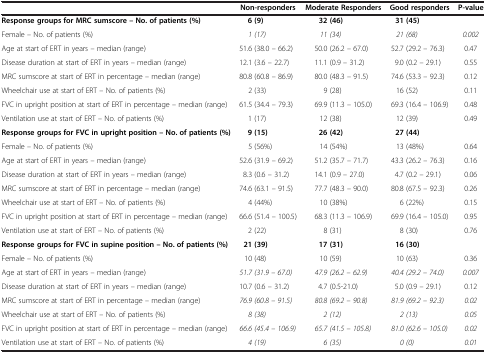
<table><thead><tr><td><b> </b></td><td><b>Non-responders</b></td><td><b>Moderate Responders</b></td><td><b>Good responders</b></td><td><b>P-value</b></td></tr></thead><tbody><tr><td><b>Response groups for MRC sumscore – No. of patients (%)</b></td><td><b>6 (9)</b></td><td><b>32 (46)</b></td><td><b>31 (45)</b></td><td> </td></tr><tr><td>Female – No. of patients (%)</td><td><i>1 (17)</i></td><td><i>11 (34)</i></td><td><i>21 (68)</i></td><td><i>0.002</i></td></tr><tr><td>Age at start of ERT in years – median (range)</td><td>51.6 (38.0 – 66.2)</td><td>50.0 (26.2 – 67.0)</td><td>52.7 (29.2 – 76.3)</td><td>0.47</td></tr><tr><td>Disease duration at start of ERT in years – median (range)</td><td>12.1 (3.6 – 22.7)</td><td>11.1 (0.9 – 31.2)</td><td>9.0 (0.2 – 29.1)</td><td>0.55</td></tr><tr><td>MRC sumscore at start of ERT in percentage – median (range)</td><td>80.8 (60.8 – 86.9)</td><td>80.0 (48.3 – 91.5)</td><td>74.6 (53.3 – 92.3)</td><td>0.12</td></tr><tr><td>Wheelchair use at start of ERT – No. of patients (%)</td><td>2 (33)</td><td>9 (28)</td><td>16 (52)</td><td>0.11</td></tr><tr><td>FVC in upright position at start of ERT in percentage – median (range)</td><td>61.5 (34.4 – 79.3)</td><td>69.9 (11.3 – 105.0)</td><td>69.3 (16.4 – 106.9)</td><td>0.48</td></tr><tr><td>Ventilation use at start of ERT – No. of patients (%)</td><td>1 (17)</td><td>12 (38)</td><td>12 (39)</td><td>0.49</td></tr><tr><td><b>Response groups for FVC in upright position – No. of patients (%)</b></td><td><b>9 (15)</b></td><td><b>26 (42)</b></td><td><b>27 (44)</b></td><td> </td></tr><tr><td>Female – No. of patients (%)</td><td>5 (56%)</td><td>14 (54%)</td><td>13 (48%)</td><td>0.64</td></tr><tr><td>Age at start of ERT in years – median (range)</td><td>52.6 (31.9 – 69.2)</td><td>51.2 (35.7 – 71.7)</td><td>43.3 (26.2 – 76.3)</td><td>0.16</td></tr><tr><td>Disease duration at start of ERT in years – median (range)</td><td>8.3 (0.6 – 31.2)</td><td>14.1 (0.9 – 27.0)</td><td>4.7 (0.2 – 29.1)</td><td>0.06</td></tr><tr><td>MRC sumscore at start of ERT in percentage – median (range)</td><td>74.6 (63.1 – 91.5)</td><td>77.7 (48.3 – 90.0)</td><td>80.8 (67.5 – 92.3)</td><td>0.26</td></tr><tr><td>Wheelchair use at start of ERT – No. of patients (%)</td><td>4 (44%)</td><td>10 (38%)</td><td>6 (22%)</td><td>0.15</td></tr><tr><td>FVC in upright position at start of ERT in percentage – median (range)</td><td>66.6 (51.4 – 100.5)</td><td>68.3 (11.3 – 106.9)</td><td>69.9 (16.4 – 105.0)</td><td>0.95</td></tr><tr><td>Ventilation use at start of ERT – No. of patients (%)</td><td>2 (22)</td><td>8 (31)</td><td>8 (30)</td><td>0.76</td></tr><tr><td><b>Response groups for FVC in supine position – No. of patients (%)</b></td><td><b>21 (39)</b></td><td><b>17 (31)</b></td><td><b>16 (30)</b></td><td> </td></tr><tr><td>Female – No. of patients (%)</td><td>10 (48)</td><td>10 (59)</td><td>10 (63)</td><td>0.36</td></tr><tr><td>Age at start of ERT in years – median (range)</td><td><i>51.7 (31.9 – 67.0)</i></td><td><i>47.9 (26.2 – 62.9)</i></td><td><i>40.4 (29.2 – 74.0)</i></td><td><i>0.007</i></td></tr><tr><td>Disease duration at start of ERT in years – median (range)</td><td>10.7 (0.6 – 31.2)</td><td>4.7 (0.5-21.0)</td><td>5.0 (0.9 – 29.1)</td><td>0.12</td></tr><tr><td>MRC sumscore at start of ERT in percentage – median (range)</td><td><i>76.9 (60.8 – 91.5)</i></td><td><i>80.8 (69.2 – 90.8)</i></td><td><i>81.9 (69.2 – 92.3)</i></td><td><i>0.02</i></td></tr><tr><td>Wheelchair use at start of ERT – No. of patients (%)</td><td><i>8 (38)</i></td><td><i>2 (12)</i></td><td><i>2 (13)</i></td><td><i>0.05</i></td></tr><tr><td>FVC in upright position at start of ERT in percentage – median (range)</td><td><i>66.6 (45.4 – 106.9)</i></td><td><i>65.7 (41.5 – 105.8)</i></td><td><i>81.0 (62.6 – 105.0)</i></td><td><i>0.02</i></td></tr><tr><td>Ventilation use at start of ERT – No. of patients (%)</td><td><i>4 (19)</i></td><td><i>6 (35)</i></td><td><i>0 (0)</i></td><td><i>0.01</i></td></tr></tbody></table>